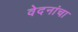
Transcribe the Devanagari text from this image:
वेदनांचा